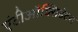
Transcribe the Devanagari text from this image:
एंटीऔक्सिडेंटस